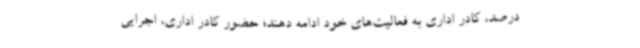
درصد، کادر اداری به فعالیت‌های خود ادامه دهند؛ حضور کادر اداری، اجرایی